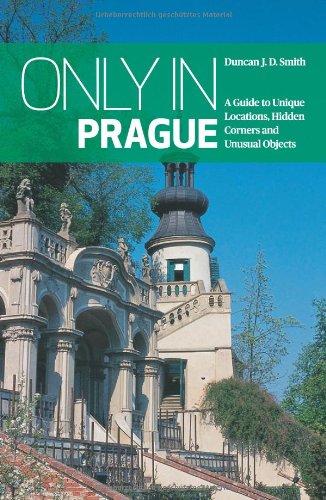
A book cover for Only in Prague: A Guide to Unique Locations, Hidden Corners and Unusual Objects (Only in Guides); Duncan J. D. Smith; Travel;